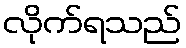
လိုက်ရသည်